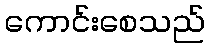
ကောင်းစေသည်